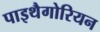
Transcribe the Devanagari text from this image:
पाइथैगोरियन